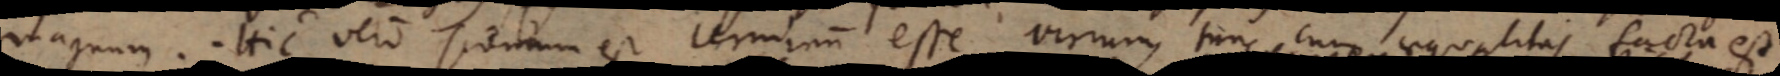
magnum. Hic vero sciendum est terminum esse virium, tunc cum aequalitas facta est